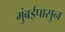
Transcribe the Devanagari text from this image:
मुंबईपासुन